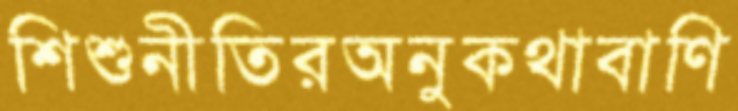
শিশুনীতিরঅনুকথাবাণি